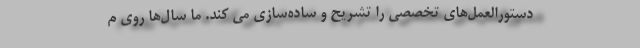
دستورالعمل‌های تخصصی را تشریح و ساده‌سازی می کند. ما سال‌ها روی م